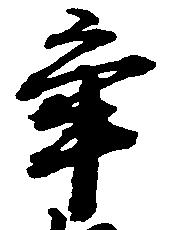
争